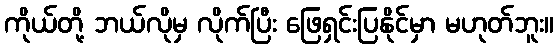
ကိုယ်တို့ ဘယ်လိုမှ လိုက်ပြီး ဖြေရှင်းပြနိုင်မှာ မဟုတ်ဘူး။